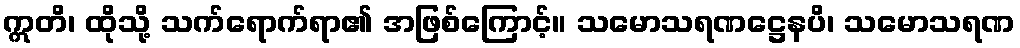
ဣတိ၊ ထိုသို့ သက်ရောက်ရာ၏ အဖြစ်ကြောင့်။ သမောသရဏဋ္ဌေနပိ၊ သမောသရဏ